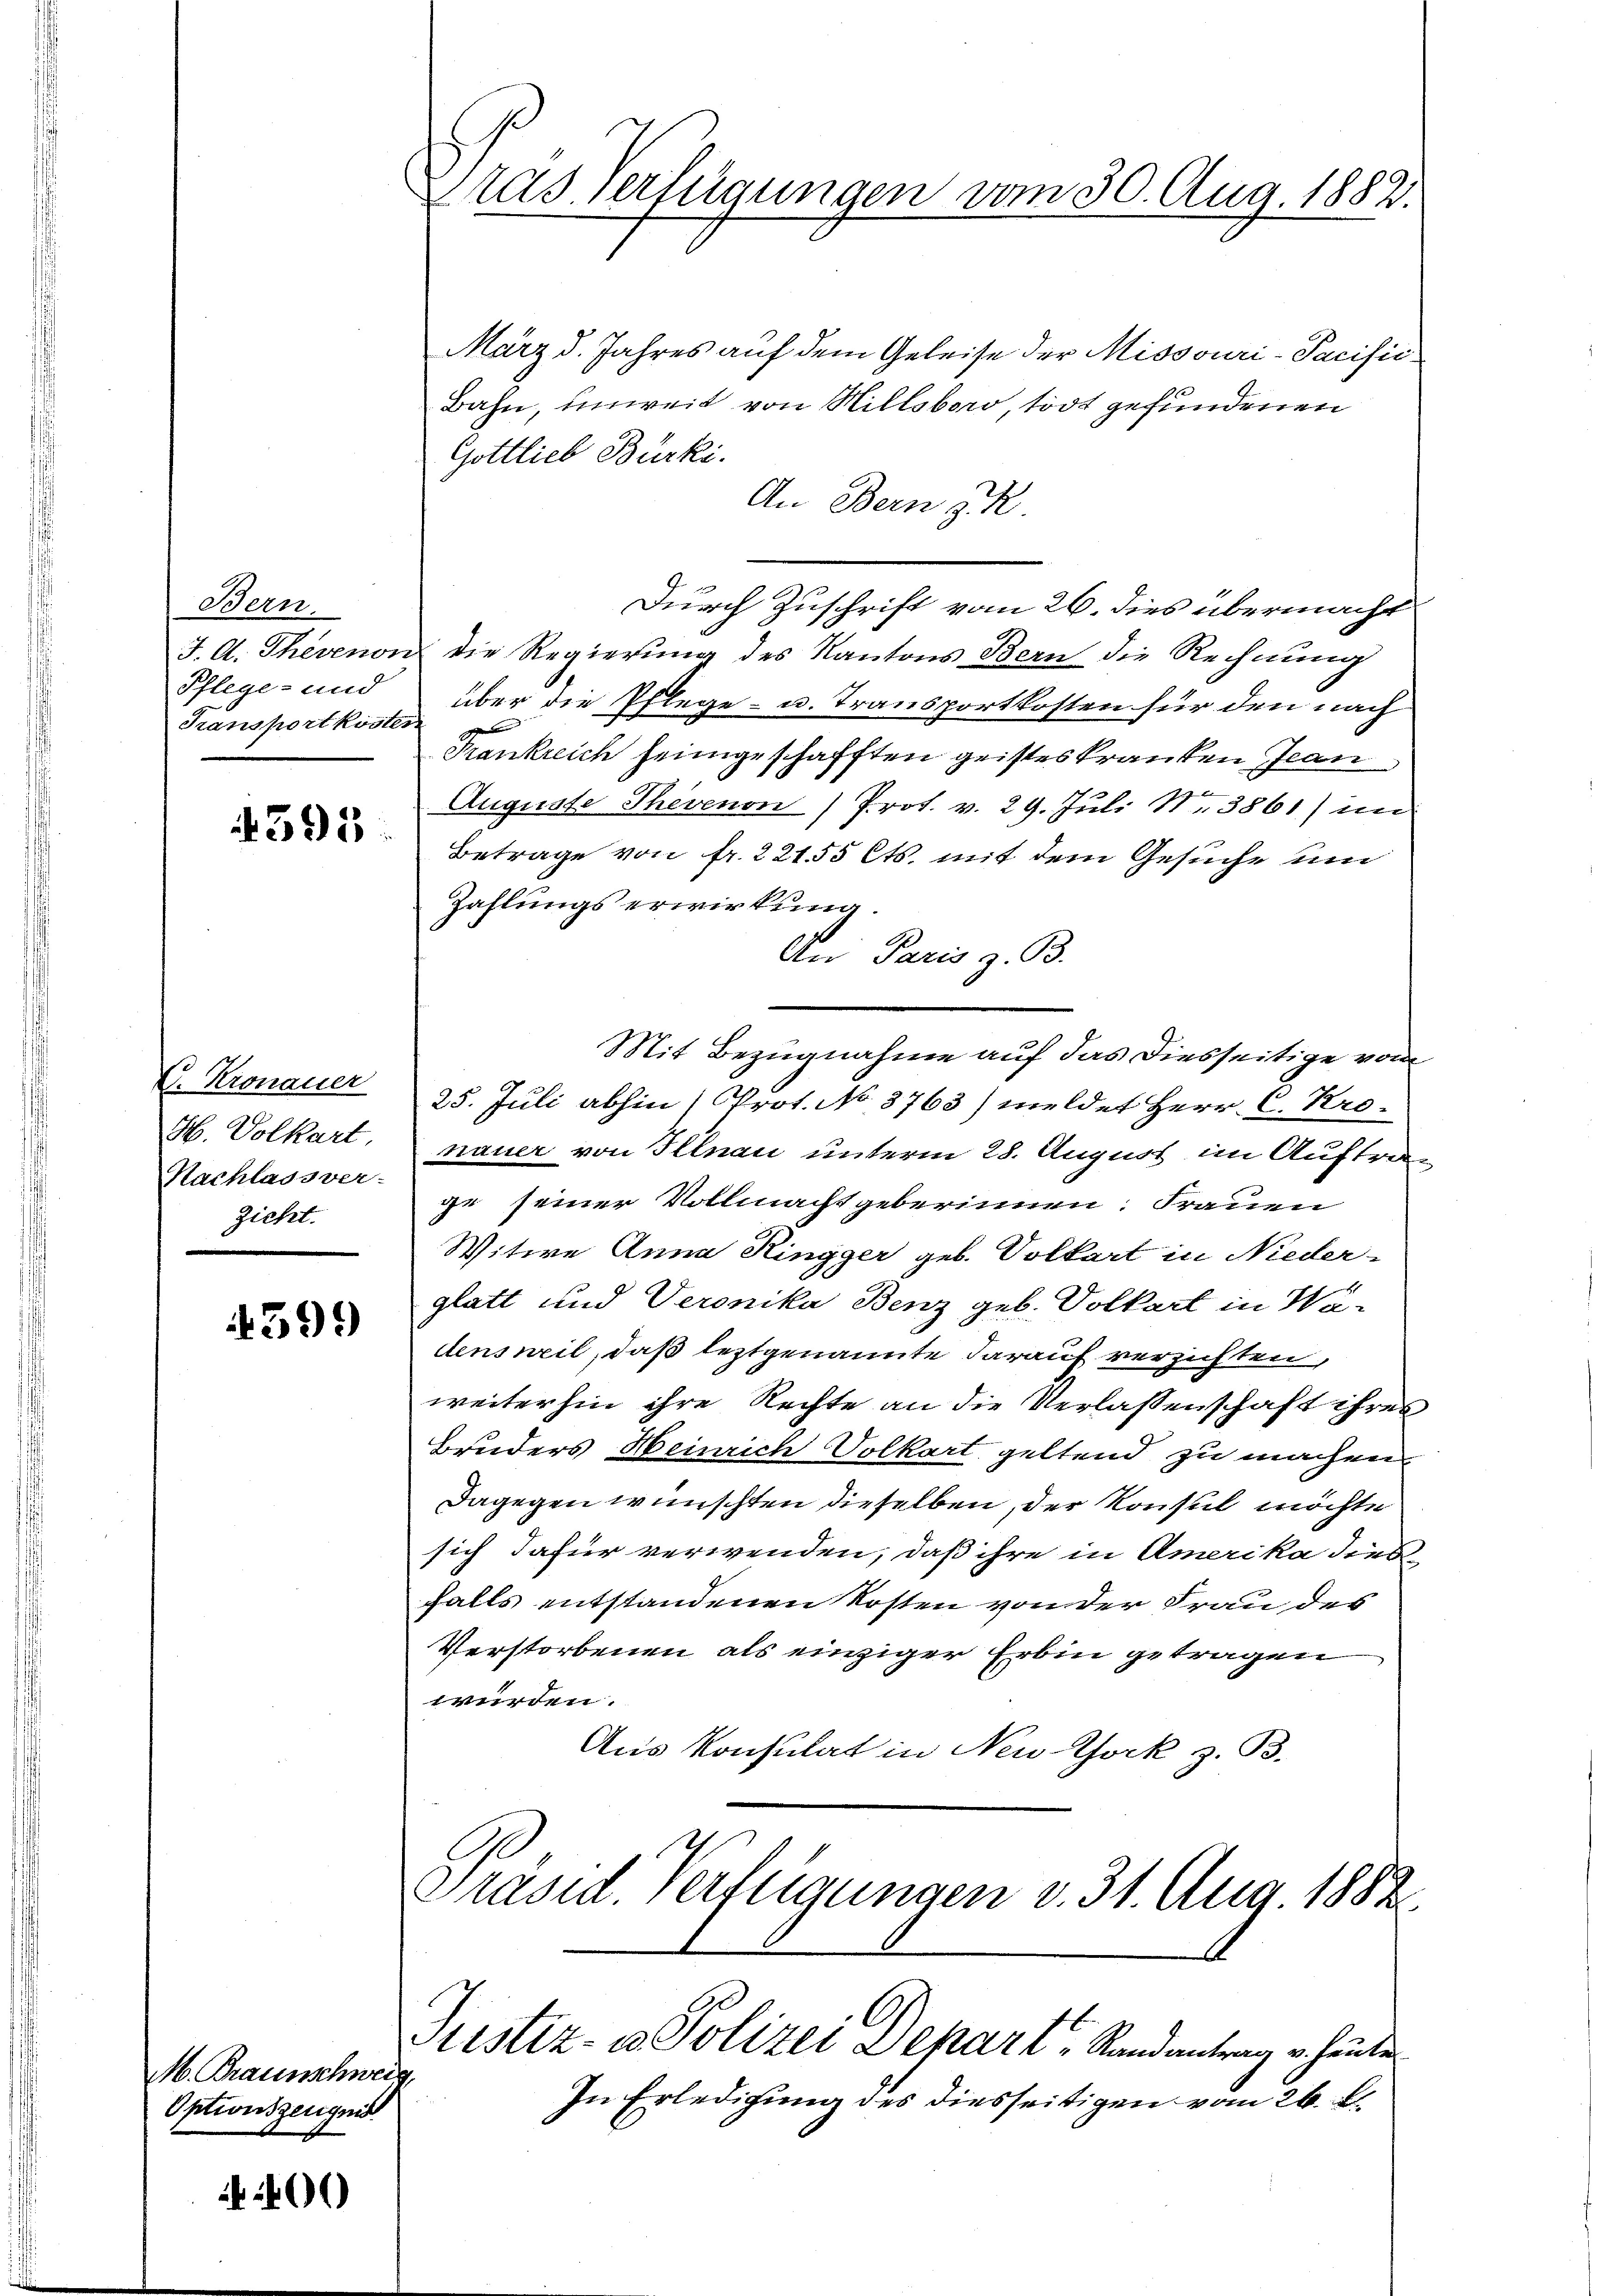
Bern.
Pflege- und
Transportkosten

395

C. Kronauer
H. Volkart,
Nachlassver-
zicht.

4599)

M. Braunschweiz,
Optionszeugnis

)

Stas verfügungen vom 30. Aug. 1882.

Justiz- u Polizei Depart, Randantrag v. heute

März d. Jahres auf dem Geleise der Missouri-Pacific
Bahn, unweit von Hillsberg, todt gefundenen
Gottlieb Bürki.
An Bern R.
Durch Zuschrift vom 26. dies übermacht
J. A. Thevenon die Regierung des Kantons Bern die Rechnung
über die Pflege- u. Transportkosten für den nach
Frankreich heimgeschafften geisteskranken Jean
Auguste Thevenon) Prot. v. 29. Juli Nr. 3861) im
Betrage von fr. 221. 55 Cts. mit dem Gesuche um
Zahlungs erwirkung.
An Paris z. B.
Mit Bezugnahme auf das diesseitige vom
25. Juli abhin 1 Prot. No 3763) meldet Herr C. Kronauer von Illnau unterm 28. August im Auftrage seiner Vollmacht geberinnen. Frauen
Witwe Anna Ringger geb. Volkart in Nieder-
glatt und Veronika Benz geb. Volkart in Wädensweil, daß leztgenannte darauf verzichten,
weiterhin ihre Rechte an die Verlassenschaft ihres
Bruders Heinrich Volkart geltend zu machen.
Dagegen wünschten dieselben, der Konsul möchte
sich dafür verwenden, daß ihre in Amerika dies
falls entstandenen Kosten von der Frau des
Verstorbenen als einziger Erbin getragen
würden.
Aus Konsulat in Neu-Chork z. B.
Präsid. Verfügungen v. 31. Aug. 1882.

In Erledigung des diesseitigen vom 26. l.